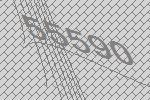
55590